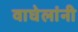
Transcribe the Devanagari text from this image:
वाघेलांनी